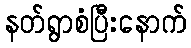
နတ်ရွာစံပြီးနောက်